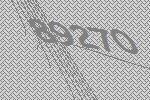
89270